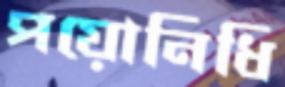
পয়োনিধি